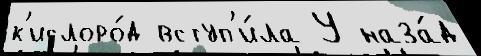
к'ислоро́д вступ'и́ла У наза́д